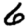
Digit: 6